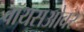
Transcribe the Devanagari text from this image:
वॉयसओवर